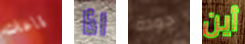
قاعات اذا جودة أين